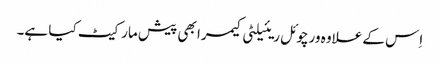
اِس کے علاوہ ورچوئل ریئیلٹی کیمرا بھی پیش مارکیٹ کیا ہے۔